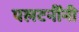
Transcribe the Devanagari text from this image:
पलटनींनी